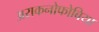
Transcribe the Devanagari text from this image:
अराकनोफोबिया